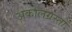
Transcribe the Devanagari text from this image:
अकालग्रस्तों